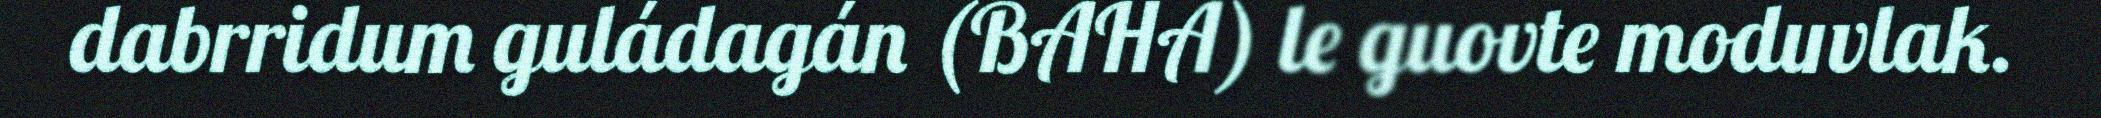
dabrridum guládagán (BAHA) le guovte moduvlak.